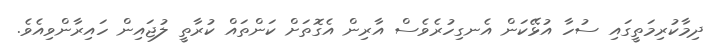
ދިމާކުރިމަތީގައި ސުހާ އުޅޭކަން އެނގިހުރެވެސް އާރިން އެގޮތަށް ކަންތައް ކުރާތީ ލުޖައިން ހައިރާންވިއެވެ.